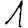
Digit: 1